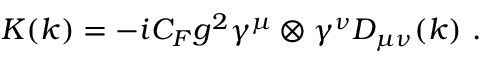
K ( k ) = - i C _ { F } g ^ { 2 } \gamma ^ { \mu } \otimes \gamma ^ { \nu } D _ { \mu \nu } ( k ) ~ .